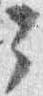
々